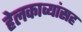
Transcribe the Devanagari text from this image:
हेलकाव्यांसह